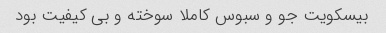
بیسکویت جو و سبوس کاملا سوخته و بی کیفیت بود